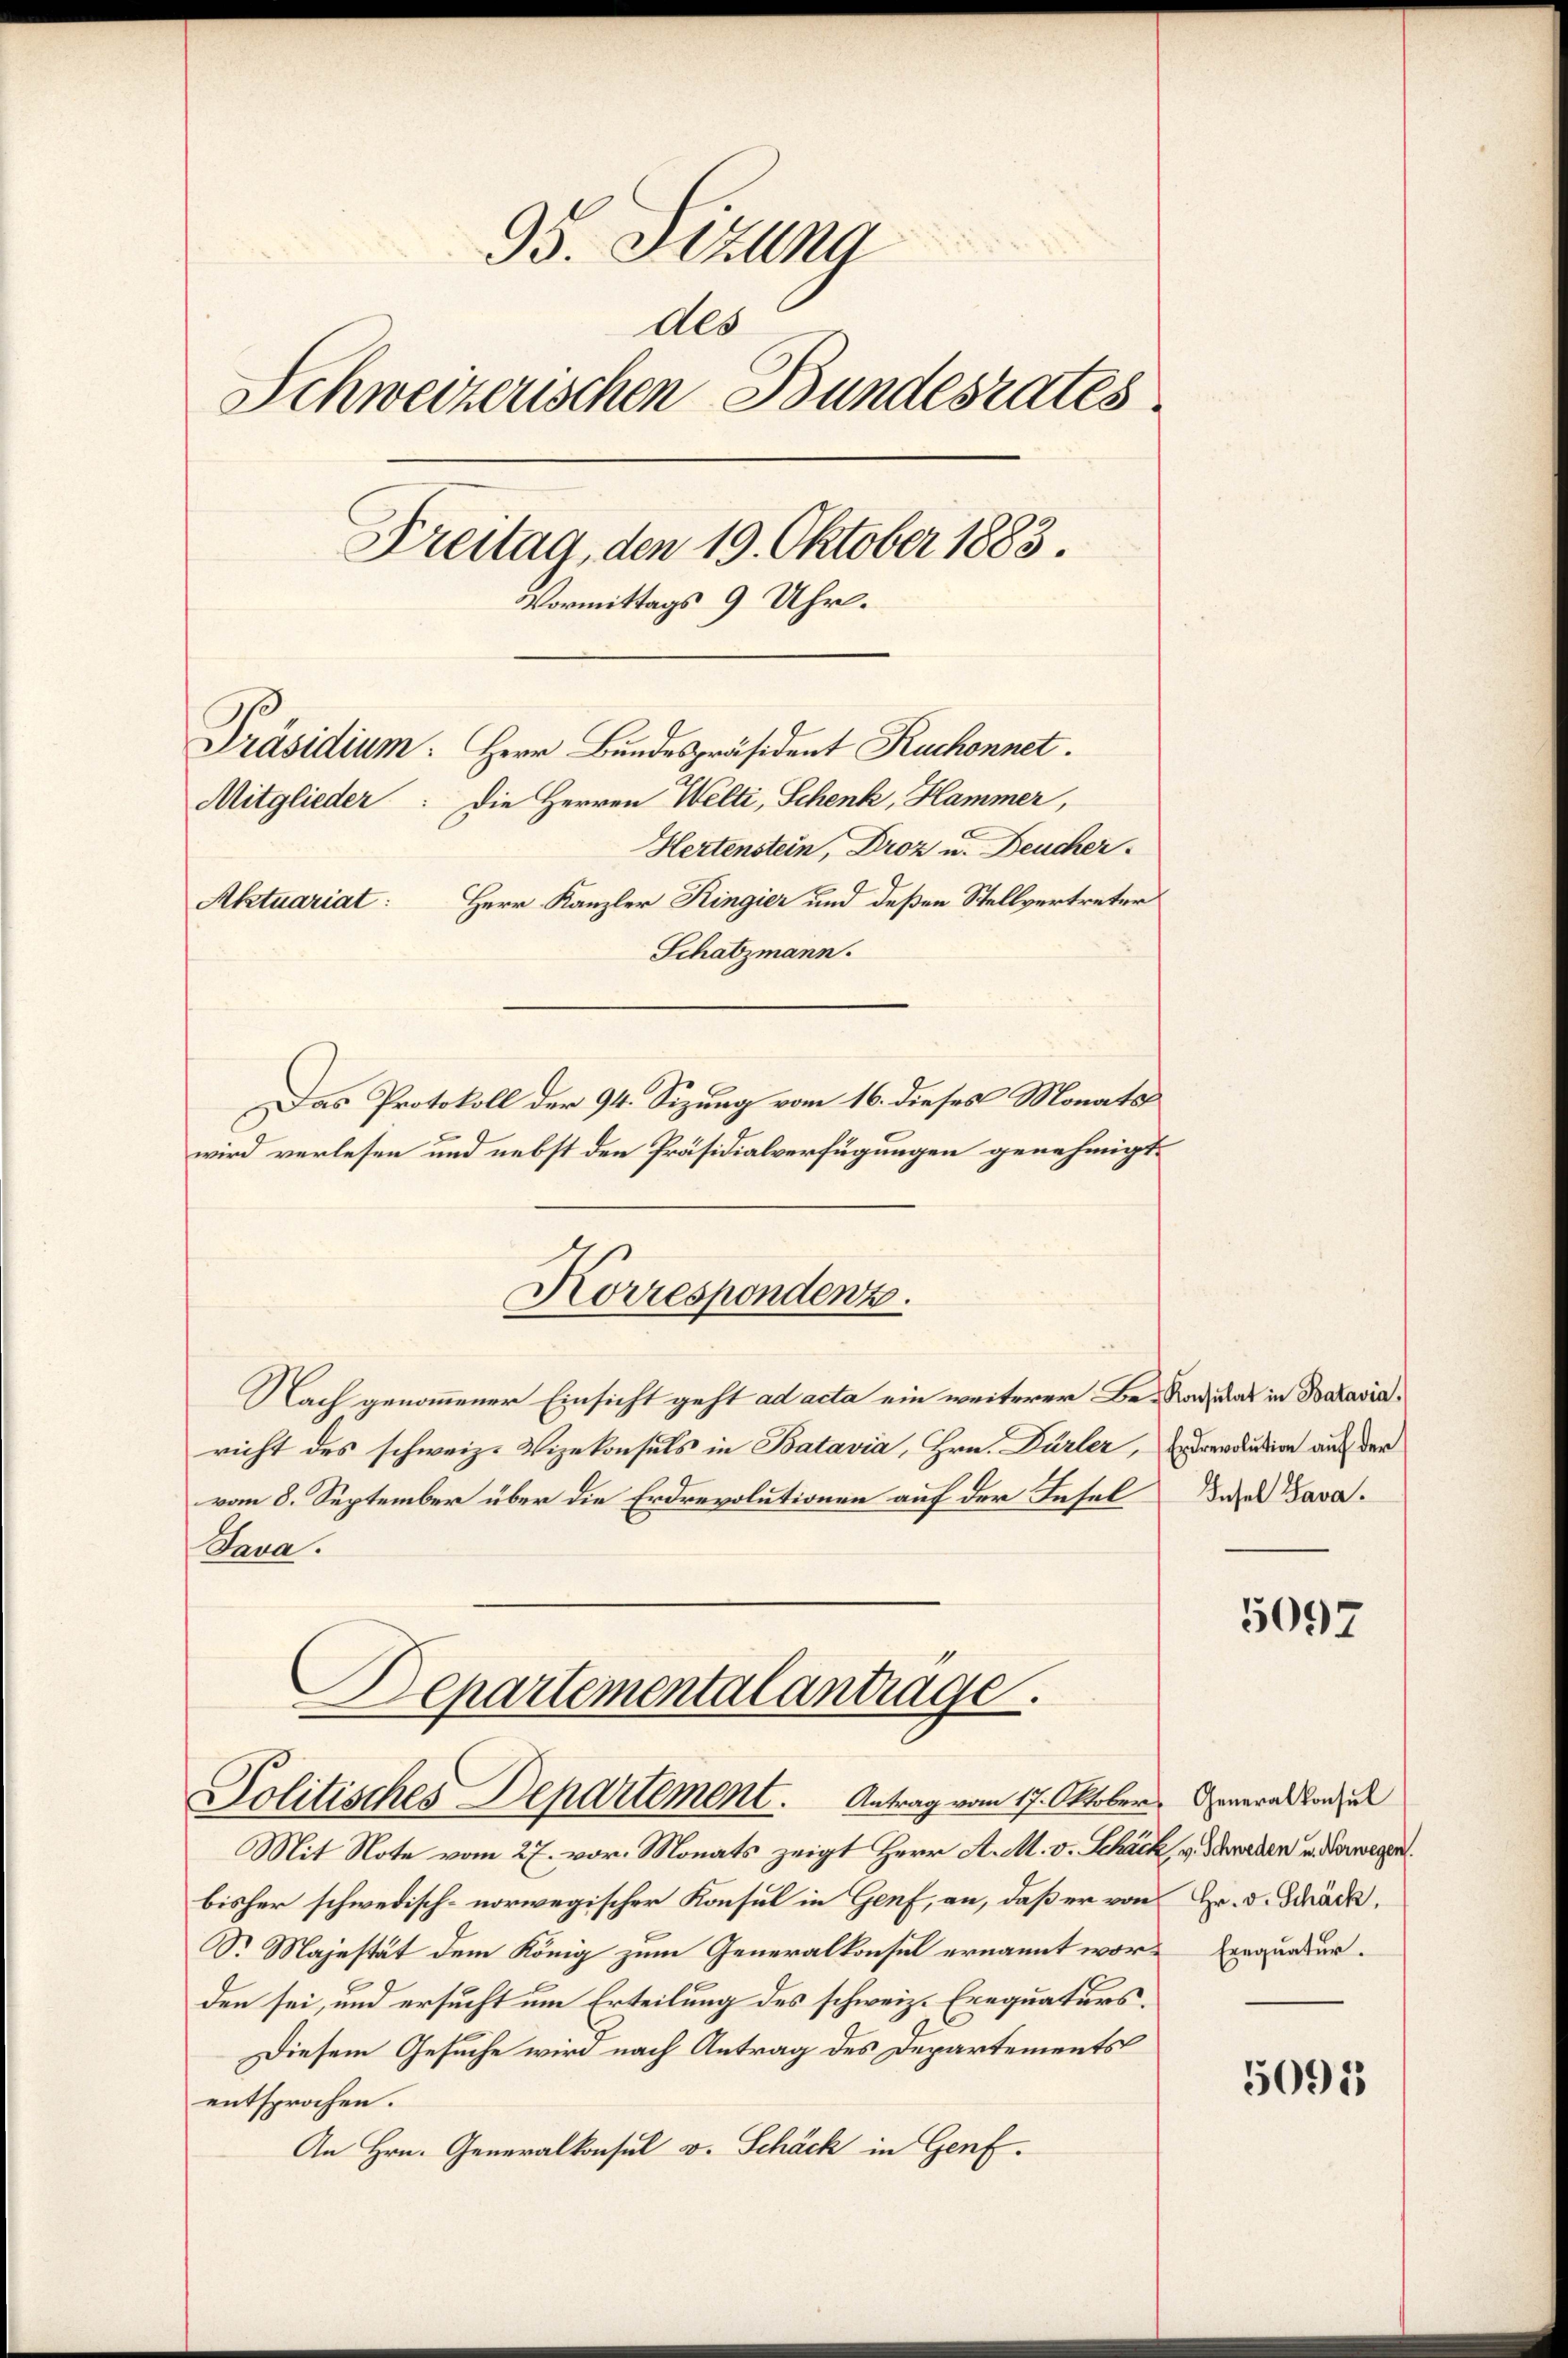
95. Sizung
Als
Schweizerischen Bundesrates
Dreitag, den 19. Oktober 1883.
Vormittags 9 Uhr.
Präsidium. Herr Bundespräsident Ruchonnet.
Mitglieder: Die Herren Welti, Schenk, Hammer,
Hertenstein, Droz u. Deucher
Herr Kanzler Ringier und deßen Stellvertreter
Aktuariat:
Schatzmann.
Das Protokoll der 94. Sizung vom 16. dieses Monats
wird verlesen und nebst den Präsidialverfügungen genehmigt.

Nach genommener Einsicht geht ad acta ein weiterer Be- Radiat in Bataviaricht des schweiz. Vizekonsuls in Batavia, Hrn. Dürler, dardusion auf der
vom 8. September über die Erdrevolutionen auf der Insel
Java.
Departementalantrage

Korrespondenz.

Politisches Departement. Antrag vom 17. Oktober.

Mit Note vom 27. vor. Monats zeigt Herr A. M. v. Schäch v. Schweden u. Verwegen
bisher schwedisch-norwegischer Konsul in Genf, an, daß er von
S. Majestät dem König zum Generalkonsul ernannt worden sei, und ersucht um Erteilung des schweiz. Exequaturs¬
Diesem Gesuche wird nach Antrag des Departements
entsprochen.
An Hrn. Generalkonsul v. Schäck in Genf.

Insel Sava.

5092

Generalkonsul
Hr. v. Schäck,
Ernquatur.

5095